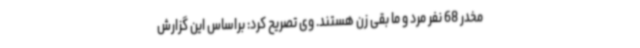
مخدر 68 نفر مرد و ما بقی زن هستند. وی تصریح کرد: براساس این گزارش